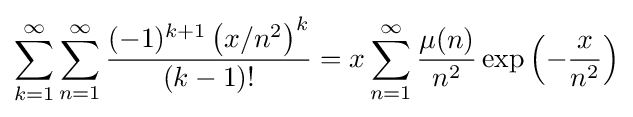
\sum _{k=1}^{\infty }\sum _{n=1}^{\infty }{\frac {(-1)^{k+1}\left(x/n^{2}\right)^{k}}{(k-1)!}}=x\sum _{n=1}^{\infty }{\frac {\mu (n)}{n^{2}}}\exp \left(-{\frac {x}{n^{2}}}\right)